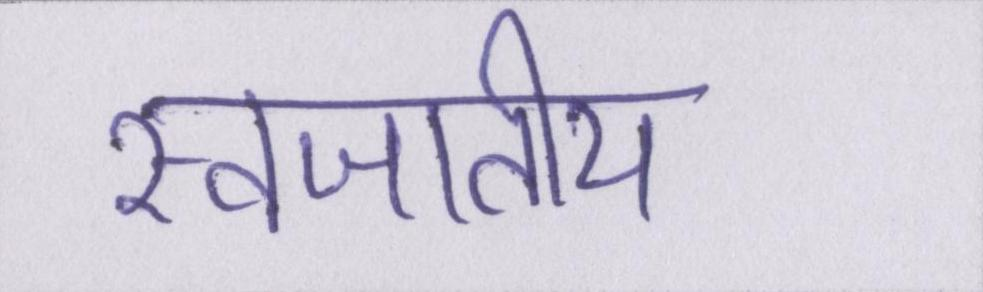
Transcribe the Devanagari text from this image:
स्वजातीय